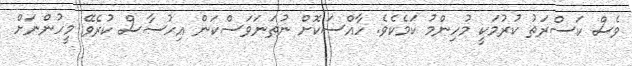
ވެސް ކަސްރަތު ކުރުމަކީ މުހިންމު ކަމެކެވެ. ހާއްސަކޮށް ނުތަނަވަސްކަން އިހުސާސް ކުރެވޭ މީހުންނަށް